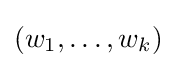
(w_{1},\dots ,w_{k})